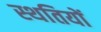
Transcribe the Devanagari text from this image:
स्थतियों